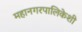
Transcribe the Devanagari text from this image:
महानगरपालिकेशी